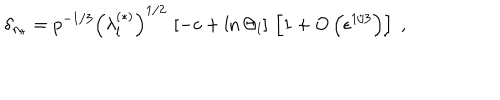
LaTeX: \delta _ { n _ { r } } = p ^ { - 1 / 3 } \left( \lambda _ { l } ^ { ( \ast ) } \right) ^ { 1 / 2 } \, \left[ - c + \ln \Theta _ { l } \right] \, \left[ 1 + O \left( \epsilon ^ { 1 / 3 } \right) \right] \; ,